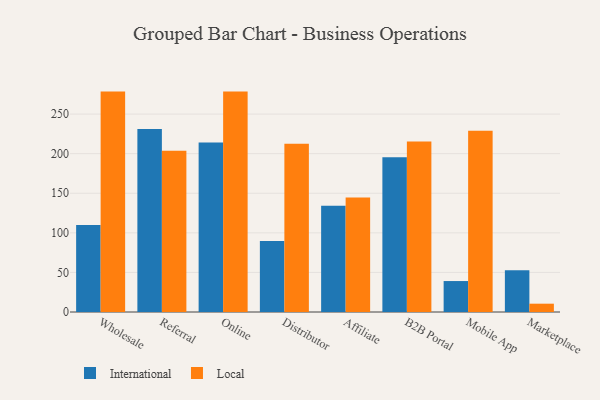
{"axis": {"x": "Channel", "y": "Net Income (USD K)"}, "legend": ["International", "Local"], "data": [{"x": "Wholesale", "y": 110.0, "type": "International"}, {"x": "Wholesale", "y": 278.4, "type": "Local"}, {"x": "Referral", "y": 231.1, "type": "International"}, {"x": "Referral", "y": 203.8, "type": "Local"}, {"x": "Online", "y": 214.1, "type": "International"}, {"x": "Online", "y": 278.4, "type": "Local"}, {"x": "Distributor", "y": 89.8, "type": "International"}, {"x": "Distributor", "y": 212.6, "type": "Local"}, {"x": "Affiliate", "y": 134.2, "type": "International"}, {"x": "Affiliate", "y": 144.6, "type": "Local"}, {"x": "B2B Portal", "y": 195.6, "type": "International"}, {"x": "B2B Portal", "y": 215.4, "type": "Local"}, {"x": "Mobile App", "y": 39.1, "type": "International"}, {"x": "Mobile App", "y": 228.9, "type": "Local"}, {"x": "Marketplace", "y": 52.7, "type": "International"}, {"x": "Marketplace", "y": 10.5, "type": "Local"}]}